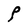
Character: P